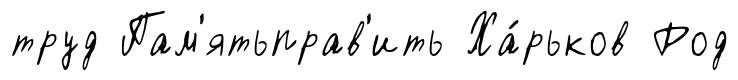
труд Пам'ятьправ'ить Ха́рьков Род